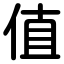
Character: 值